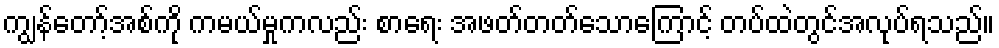
ကျွန်တော့်အစ်ကို ကမယ်မှုကလည်း စာရေး အဖတ်တတ်သောကြောင့် တပ်ထဲတွင်အလုပ်ရသည်။